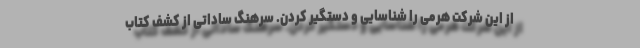
از این شرکت هرمی را شناسایی و دستگیر کردن. سرهنگ ساداتی از کشف کتاب